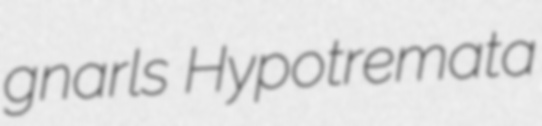
gnarls Hypotremata